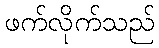
ဖက်လိုက်သည်